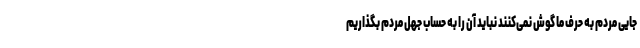
جایی مردم به حرف ما گوش نمی‌کنند نباید آن را به حساب جهل مردم بگذاریم